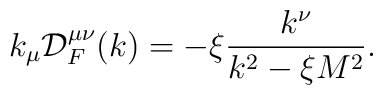
k_{\mu}{\cal D}^{\mu\nu}_F(k) = -\xi\frac{k^{\nu}}{k^2-\xi M^2}.